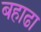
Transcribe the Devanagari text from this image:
बहाढा